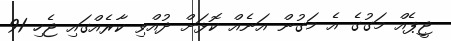
ޖީޕެއް މަގުގެ އެ މަގުން އަނެއް ކޮޅަށް ދުއްވި ކާރެއްގައި ޖެހި 91